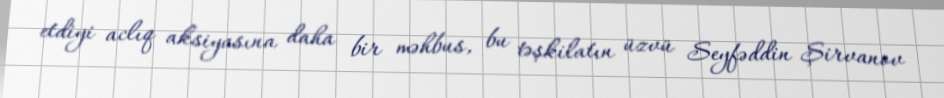
etdiyi aclıq aksiyasına daha bir məhbus, bu təşkilatın üzvü Seyfəddin Şirvanov